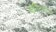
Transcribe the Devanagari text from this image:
भूमिराजस्व